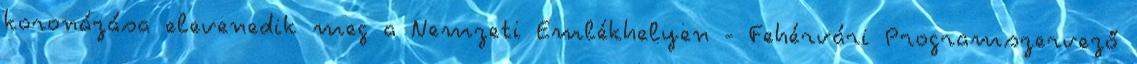
koronázása elevenedik meg a Nemzeti Emlékhelyen - Fehérvári Programszervező